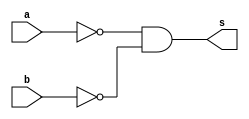
// --------------------- 
// Exercicio05
// Nome: Raphael Quintao 
// ---------------------

 
module norgate (output s, input a, input b); 
assign s = (~a&~b)   ; 
endmodule // 
// --------------------- 
// -- 
// --------------------- 
module testnorgate; 
// ------------------------- dados locais 
reg a,b; // definir registrador 
wire s; // definir conexao (fio) 
// ------------------------- instancia 
norgate nor1 (s, a, b); 
// ------------------------- preparacao 
initial begin:start 
a=0;  
b=0; 
end 
// ------------------------- parte principal 
initial begin:main 
$display("Exercicio 05 - Raphael Quintao - 445171"); 
$display("Test NOR(de morgan) gate"); 
$display("\n(~a & ~b) = s\n");
$monitor("(~%b & ~%b) = %b", a, b, s);
#1 a=0; b=0; 
#1 a=0; b=1; 
#1 a=1; b=0; 
#1 a=1; b=1; 

end 
endmodule //